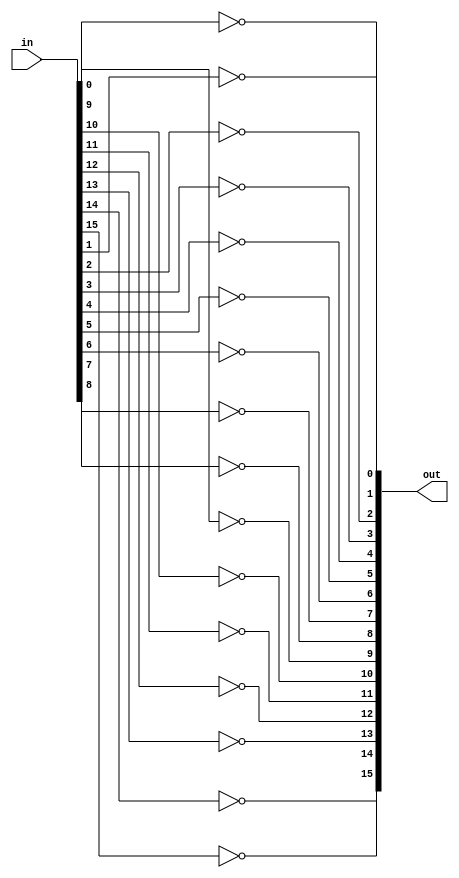
`ifndef _Not16_
`define _Not16_

module Not16 (out, in);
  input [15:0] in;
  output [15:0] out;

  //Descrio
  not not0(out[0], in[0]);
  not not1(out[1], in[1]);
  not not2(out[2], in[2]);
  not not3(out[3], in[3]);
  not not4(out[4], in[4]);
  not not5(out[5], in[5]);
  not not6(out[6], in[6]);
  not not7(out[7], in[7]);
  not not8(out[8], in[8]);
  not not9(out[9], in[9]);
  not not10(out[10], in[10]);
  not not11(out[11], in[11]);
  not not12(out[12], in[12]);
  not not13(out[13], in[13]);
  not not14(out[14], in[14]);
  not not15(out[15], in[15]);

endmodule
`endif